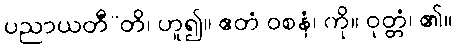
ပညာယတီ”တိ၊ ဟူ၍။ ဧတံ ဝစနံ၊ ကို။ ဝုတ္တံ၊ ၏။